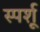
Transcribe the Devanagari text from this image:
स्पर्शू